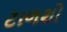
ટાળશો